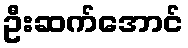
ဦးဆက်အောင်